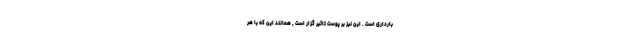
بارداری است . این نیز بر پوست تاثیر گزار است , همانند این که با هر